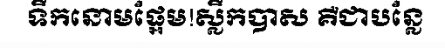
ទឹកនោមផ្អែម!ស្លឹកបាស គឺជាបន្លែ